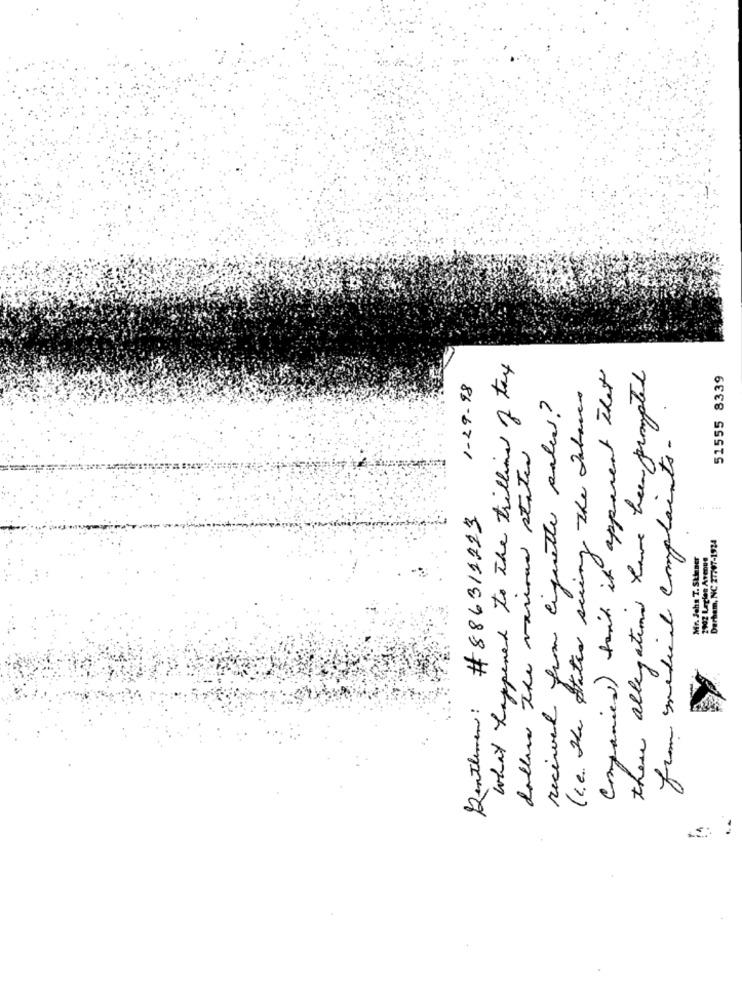
what happened to the trilling of tax
Companies that it apparent That
there allegations have been prompted
51555 8339
1-29-98
received from linguetter palen?
(c.e. The States seeing the Nature
from smedical complaints.
Sollen The various states
#886312223
Derham, NC 27707-1924
2902 Legles Areout
Mr. John T. Skinner
Gentlemen: